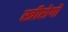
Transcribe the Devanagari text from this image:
स्त्रीरोगों